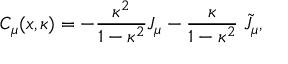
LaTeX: C _ { \mu } ( x , \kappa ) = - \frac { \kappa ^ { 2 } } { 1 - \kappa ^ { 2 } } J _ { \mu } - \frac \kappa { 1 - \kappa ^ { 2 } } \; \tilde { J } _ { \mu } ,